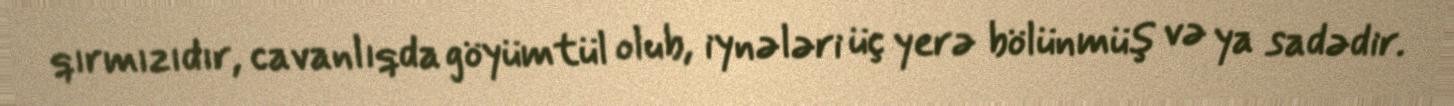
qırmızıdır, cavanlıqda göyümtül olub, iynələri üç yerə bölünmüş və ya sadədir.